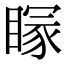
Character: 𥉕